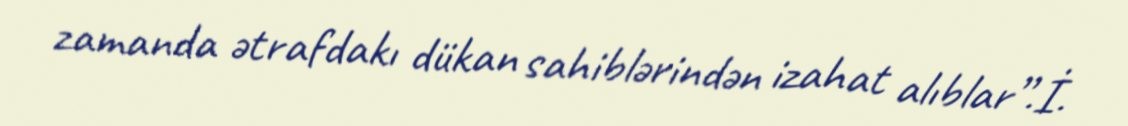
zamanda ətrafdakı dükan sahiblərindən izahat alıblar”.İ.